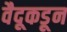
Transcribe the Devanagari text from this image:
वैदूकडून